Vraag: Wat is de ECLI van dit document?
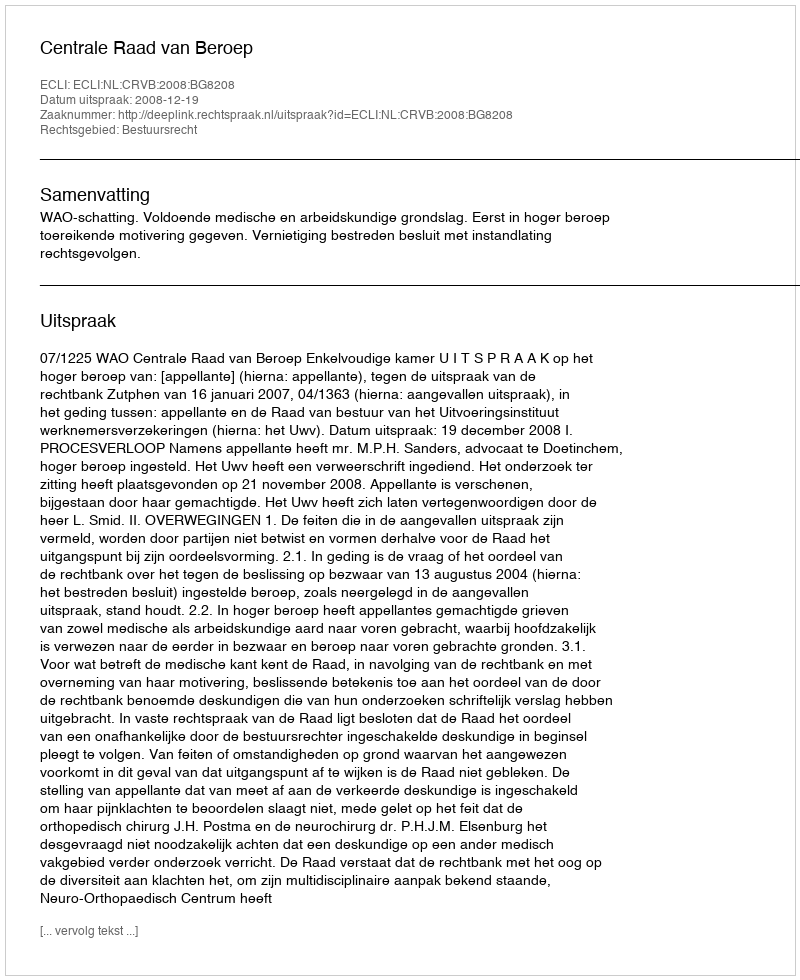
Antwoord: ECLI:NL:CRVB:2008:BG8208